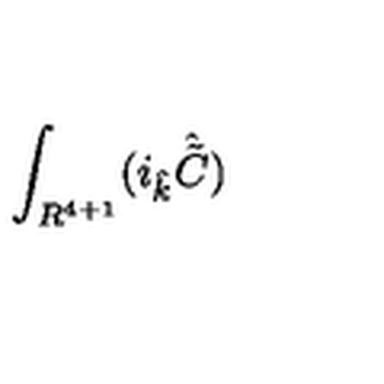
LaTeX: \int _ { R ^ { 4 + 1 } } ( i _ { \hat { k } } { \hat { \tilde { C } } } )